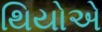
થિયોએ